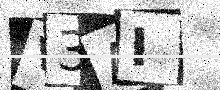
Text: V3AI